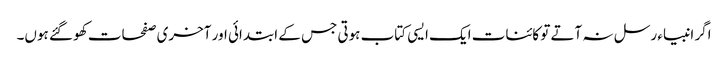
اگر انبیاء رسل نہ آتے تو کائنات ایک ایسی کتاب ہوتی جس کے ابتدائی اور آخری صفحات کھو گئے ہوں۔